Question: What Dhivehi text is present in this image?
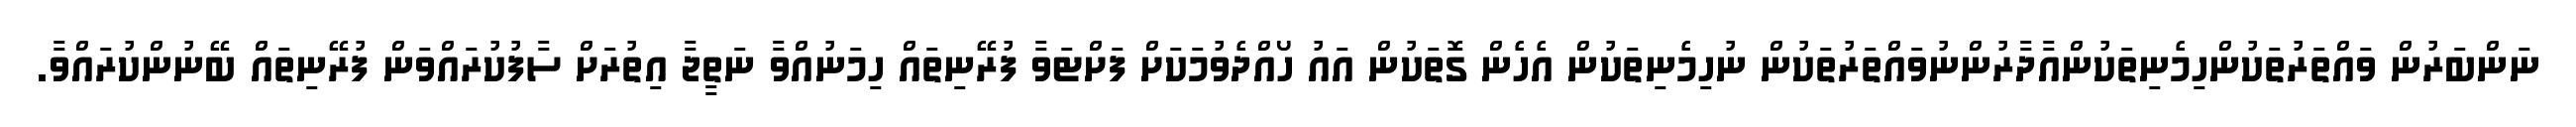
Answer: ނަންބަރުން ވައްތަރުތަކުންހިމެނިތަކުންއާދާރުންނުވައްތަރުތަކުން ނުހިމެނިތަކުން އެހެން ގޮތަކުން އައު ހޯއްދެވުމަކަށް ފަށްޓަވާ ފުރޭނިތައް ހިމަނުއްވާ ނަތީޖާ އިތުރަށް ސާފުކުރައްވަން ފުރޭނިތައް ބޭނުންކުރައްވާ.